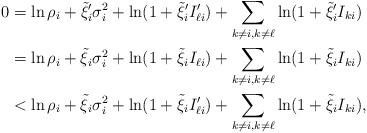
LaTeX: \begin{align*}0&=\ln\rho_i+\tilde{\xi}_i'\sigma_i^2+\ln(1+\tilde{\xi}_i'I_{\ell{i}}')+\sum_{k\ne{i},k\ne\ell}\ln(1+\tilde{\xi}_i'I_{ki})\\&=\ln\rho_i+\tilde{\xi}_i\sigma_i^2+\ln(1+\tilde{\xi}_iI_{\ell{i}})+\sum_{k\ne{i},k\ne\ell}\ln(1+\tilde{\xi}_iI_{ki})\\&<\ln\rho_i+\tilde{\xi}_i\sigma_i^2+\ln(1+\tilde{\xi}_iI_{\ell{i}}')+\sum_{k\ne{i},k\ne\ell}\ln(1+\tilde{\xi}_iI_{ki}),\end{align*}